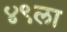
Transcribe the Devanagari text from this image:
४९ला